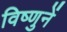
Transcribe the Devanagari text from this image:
विष्णुनें